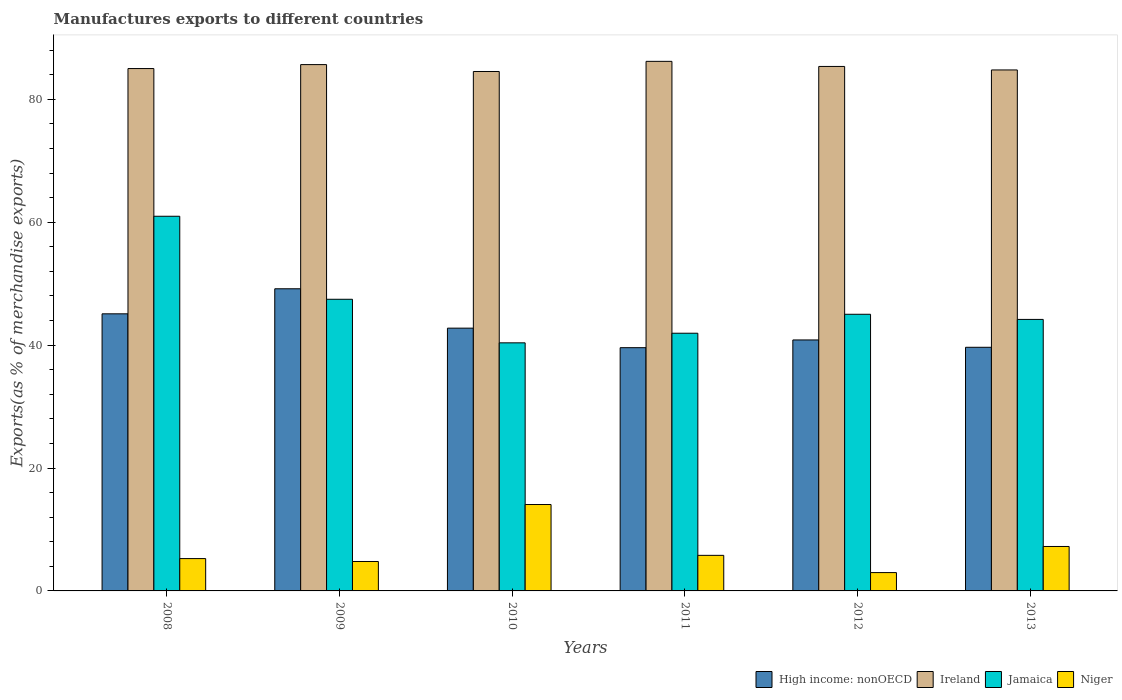
| Years | High income: nonOECD | Ireland | Jamaica | Niger |
 | --- | --- | --- | --- | --- |
 | 2008 | 45.1 | 85 | 61 | 5.26 |
 | 2009 | 49.2 | 85.6 | 47.5 | 4.79 |
 | 2010 | 42.8 | 84.5 | 40.4 | 14.1 |
 | 2011 | 39.6 | 86.2 | 41.9 | 5.79 |
 | 2012 | 40.8 | 85.3 | 45 | 2.98 |
 | 2013 | 39.6 | 84.8 | 44.2 | 7.23 |